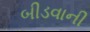
બીડવાની